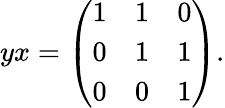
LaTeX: yx={\left(\begin{array}{lll}{1}&{1}&{0}\\ {0}&{1}&{1}\\ {0}&{0}&{1}\end{array}\right)}.